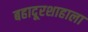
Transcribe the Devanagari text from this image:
बहादूरशाहाला